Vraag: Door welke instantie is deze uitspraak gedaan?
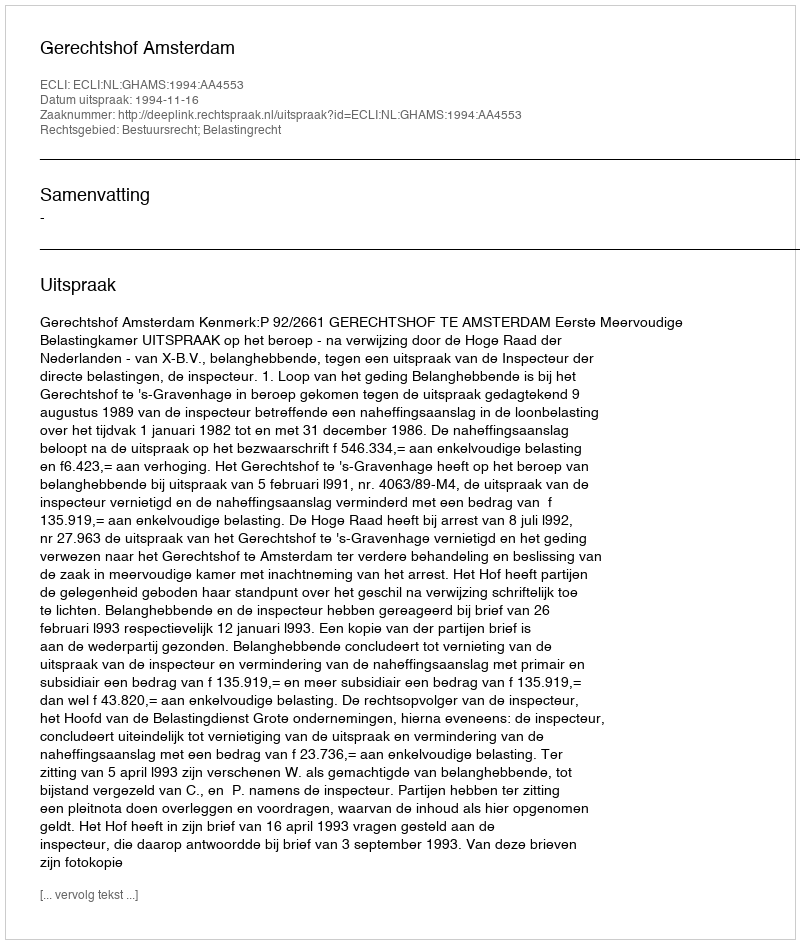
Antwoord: Gerechtshof Amsterdam